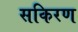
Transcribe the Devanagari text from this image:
सकिरण